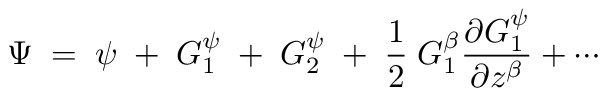
\Psi \; = \; \psi \; + \; G _ { 1 } ^ { \psi } \; + \; G _ { 2 } ^ { \psi } \; + \; \frac { 1 } { 2 } \; G _ { 1 } ^ { \beta } \frac { \partial G _ { 1 } ^ { \psi } } { \partial z ^ { \beta } } + \cdots